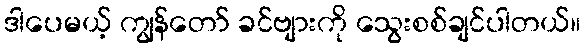
ဒါပေမယ့် ကျွန်တော် ခင်ဗျားကို သွေးစစ်ချင်ပါတယ်။